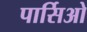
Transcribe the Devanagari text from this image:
पार्सिओ